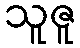
သူဇူ